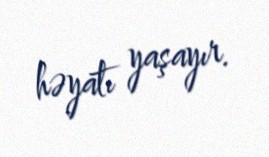
həyatı yaşayır.